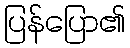
ပြန်ပြော၏